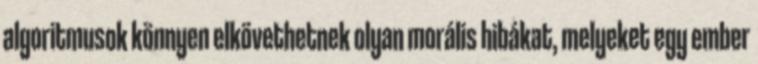
algoritmusok könnyen elkövethetnek olyan morális hibákat, melyeket egy ember